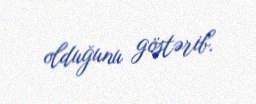
olduğunu göstərib.